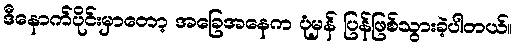
ဒီနောက်ပိုင်းမှာတော့ အခြေအနေက ပုံမှန် ပြန်ဖြစ်သွားခဲ့ပါတယ်။